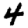
Digit: 4